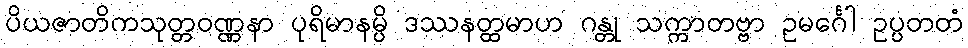
ပိယဇာတိကသုတ္တဝဏ္ဏနာ ပုရိမာနမ္ပိ ဒဿနတ္ထမာဟ ဂန္တု သက္ကာတဗ္ဗာ ဥမင်္ဂေါ ဥပ္ပတတံ